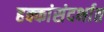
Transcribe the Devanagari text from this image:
हक्कांसंदर्भात